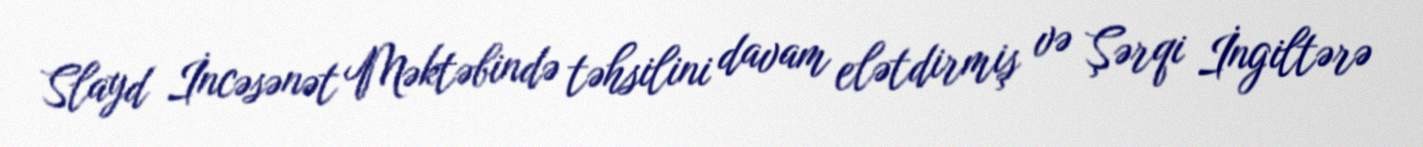
Slayd İncəsənət Məktəbində təhsilini davam elətdirmiş və Şərqi İngiltərə